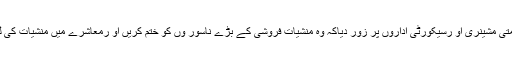
انہوں نے معاشرے کے باشعور طبقہ ‘ حکومتی مشینری او رسیکورٹی اداروں پر زور دیاکہ وہ منشیات فروشی کے بڑے ناسور وں کو ختم کریں او رمعاشرے میں منشیات کی لعنت سے آگاہی کے پروگرام منعقد کروائیں ۔